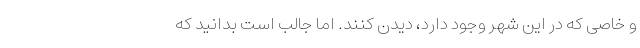
و خاصی که در این شهر وجود دارد، دیدن کنند. اما جالب است بدانید که